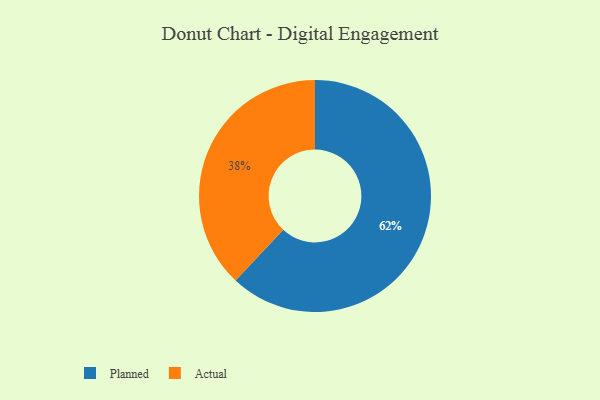
{"axis": {"x": "Category", "y": "Percentage"}, "legend": ["Actual", "Planned"], "data": [{"x": "Planned", "y": 62, "type": "Planned"}, {"x": "Actual", "y": 38, "type": "Actual"}]}